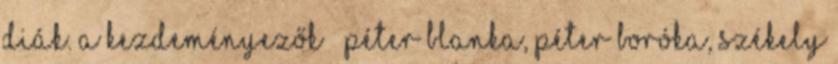
diák. A kezdeményezők – Péter Blanka, Péter Boróka, Székely